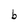
Character: b